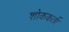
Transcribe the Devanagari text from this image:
शोककर्ता